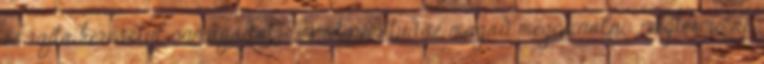
és rajta keresztül önmagadat." "Amit nem tudsz magad megcsinálni megtermelni,